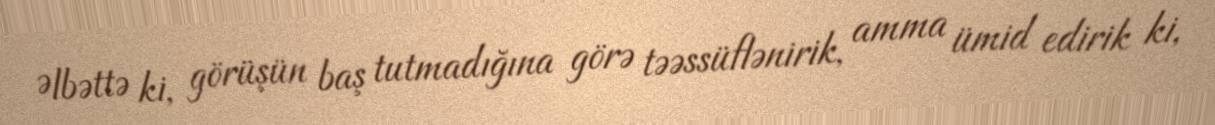
Əlbəttə ki, görüşün baş tutmadığına görə təəssüflənirik, amma ümid edirik ki,